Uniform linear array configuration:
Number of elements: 4
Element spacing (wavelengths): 0.5
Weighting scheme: hann
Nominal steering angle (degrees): -30
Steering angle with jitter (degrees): -31.008
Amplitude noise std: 0.05
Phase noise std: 0.05

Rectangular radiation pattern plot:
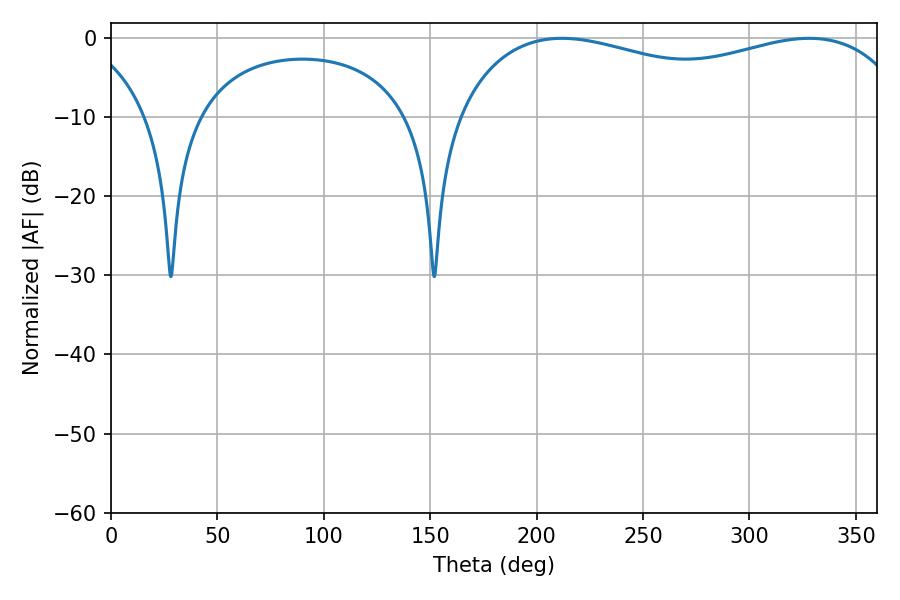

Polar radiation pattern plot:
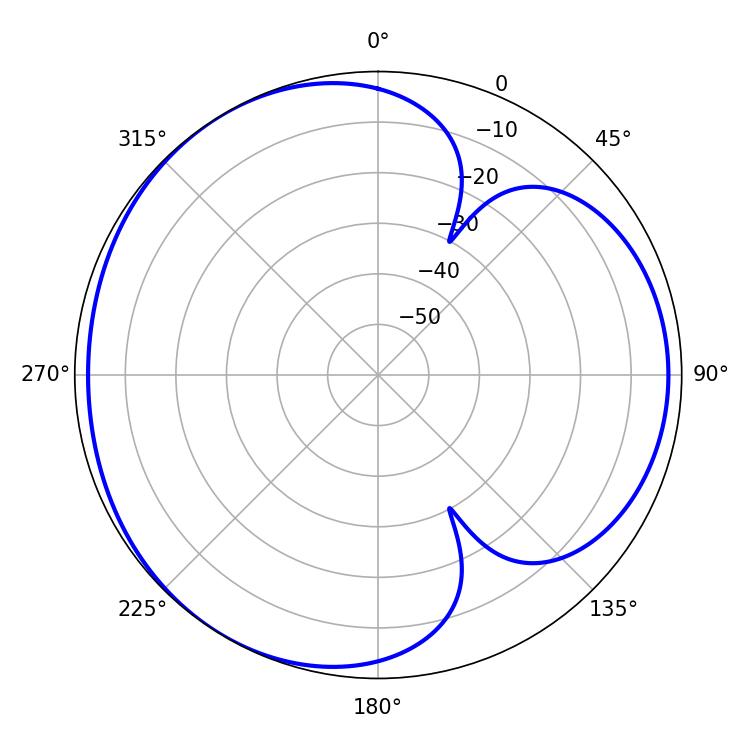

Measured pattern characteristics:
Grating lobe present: FALSE
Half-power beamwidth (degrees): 176.4
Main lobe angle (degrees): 328.14